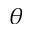
\theta